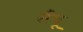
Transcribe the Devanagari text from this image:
सैंथू